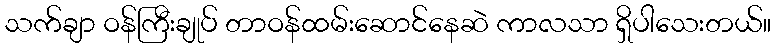
သက်ချာ ဝန်ကြီးချုပ် တာဝန်ထမ်းဆောင်နေဆဲ ကာလသာ ရှိပါသေးတယ်။